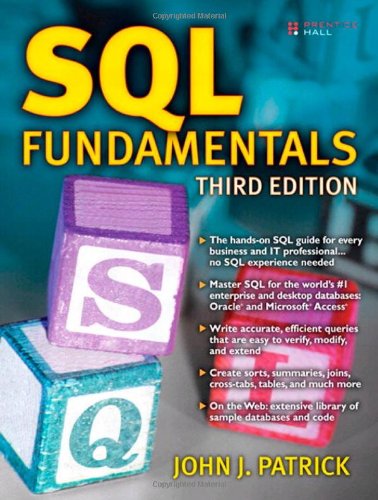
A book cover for SQL Fundamentals (3rd Edition); John J. Patrick; Computers & Technology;